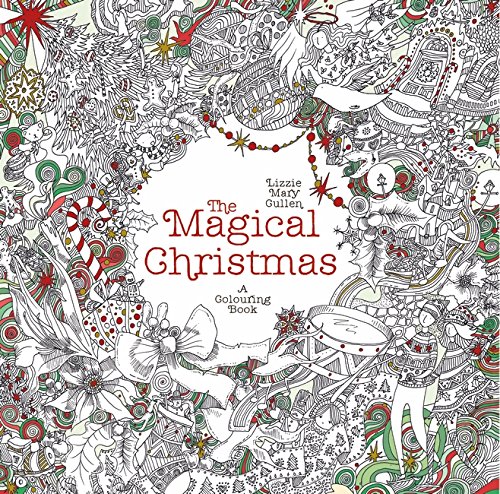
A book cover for The Magical Christmas: A Colouring Book; Lizzie Mary Cullen; Children's Books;